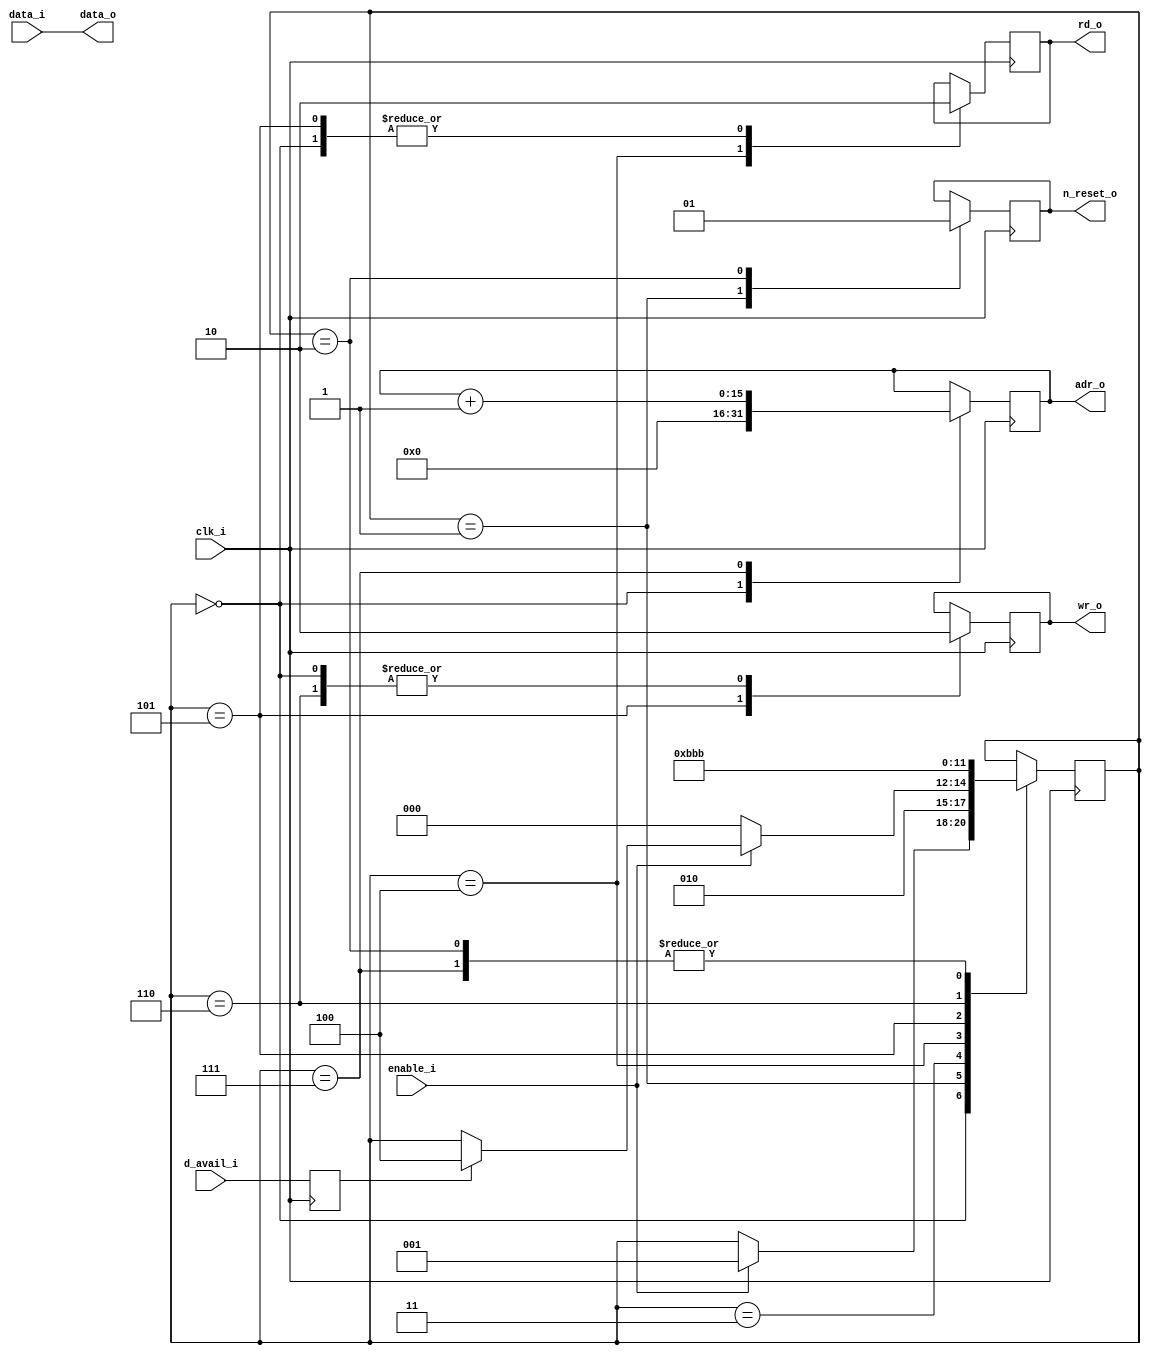
module support_dma ( 
		input 			clk_i,
		input 			enable_i,	
		input 			d_avail_i,	
		input [7:0]		data_i,
		output [15:0] 	adr_o,		
		output [7:0]	data_o,
		output 			wr_o,			
		output			rd_o,			
		output			n_reset_o	
	);
	reg [2:0] 	state = 3'd0;
	reg [15:0] 	address = 0;
	reg 			mem_wr = 0;
	reg			inbound_rd = 0, d_avail = 0;
	reg			n_reset = 1;
	assign rd_o = inbound_rd;
	assign data_o = data_i;
	assign n_reset_o = n_reset;
	assign adr_o = address;
	assign wr_o = mem_wr;
	always @( posedge clk_i ) d_avail <= d_avail_i;		
	always @(negedge clk_i)
	begin
		case (state)
			0 :begin
				address <= 16'd0;
				mem_wr <= 0;
				inbound_rd <= 0;
				if( enable_i ) state <= 3'd1;
			end
			1 :begin
				n_reset <= 0;
				state <= 3'd2;
				end
			2 :begin
				n_reset <= 1;			
				state <= 3'd3;			
				end
			3 :begin
				if( !enable_i ) 
					state <= 3'd0;
				else
					if( d_avail )
						state <= 3'd4;
			end
			4 :begin
				inbound_rd <= 1'b1;	
				state <= 3'd5;
			end
			5 :begin
				inbound_rd <= 1'b0;
				mem_wr <= 1'b1;		
				state <= 3'd6;
			end
			6 :begin
				mem_wr <= 1'd0;
				state <= 3'd7;
			end
			7 :begin
				address <= address + 1'b1;
				state <= 3'd3;
			end
			default:
				state <= 3'd0;
		endcase
	end
endmodule